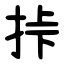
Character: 挊